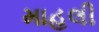
માહલી